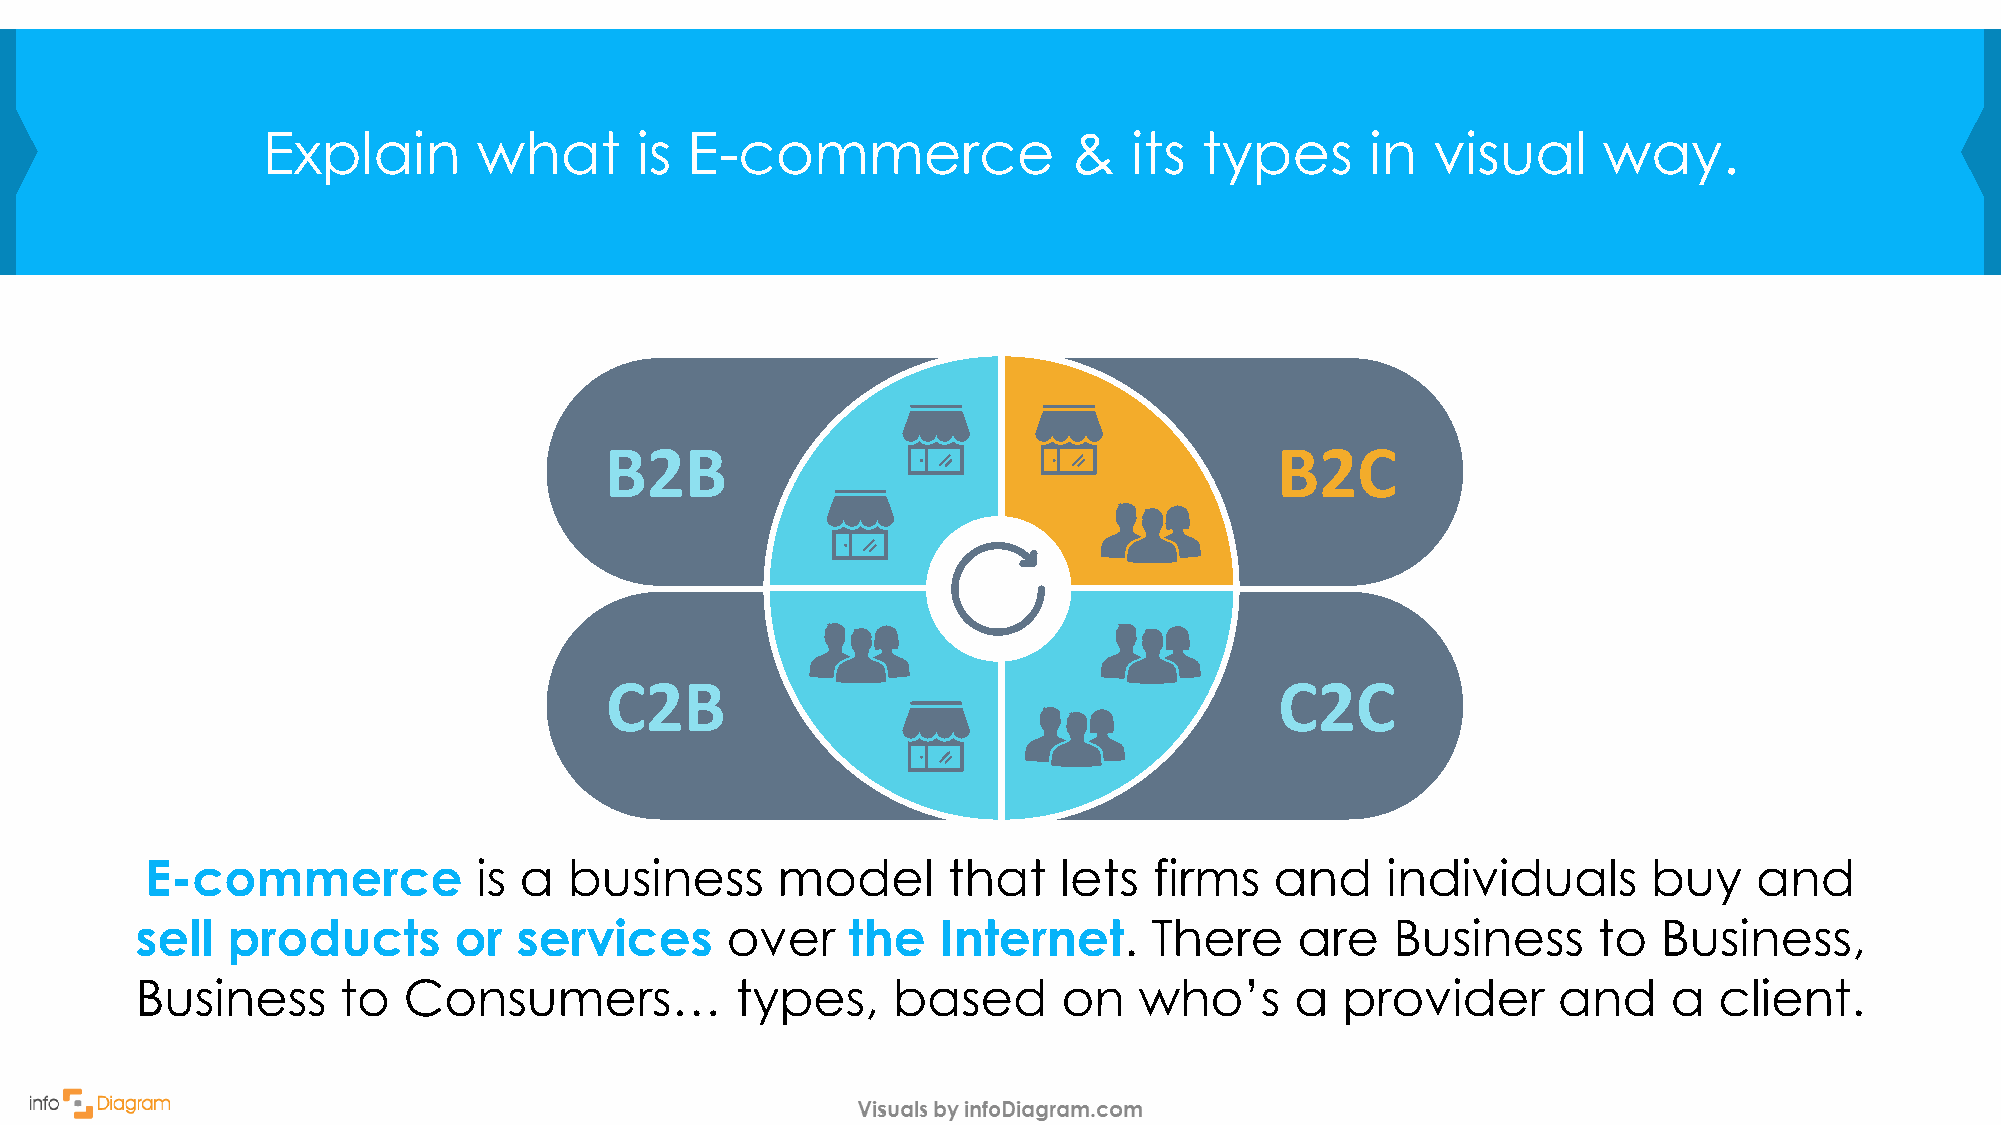
Explain        what      is E-commerce                &   its  types      in  visual     way.
 B2B                                          B2C
 C2B                                          C2C
 E-commerce            is a  business     model       that   lets  firms   and     individuals      buy    and
 sell  products       or  services      over    the   Internet.     There     are   Business      to  Business,
 Business      to  Consumers…            types,    based      on   who’s      a  provider      and     a  client.